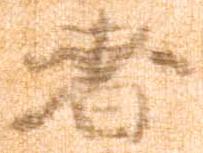
者